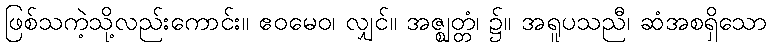
ဖြစ်သကဲ့သို့လည်းကောင်း။ ဧဝမေဝ၊ လျှင်။ အဇ္ဈတ္တံ၊ ၌။ အရူပသညီ၊ ဆံအစရှိသော